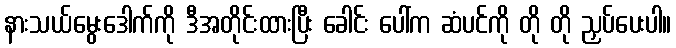
နားသယ်မွေးဒေါက်ကို ဒီအတိုင်းထားပြီး ခေါင်း ပေါ်က ဆံပင်ကို တို တို ညှပ်ပေးပါ။